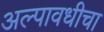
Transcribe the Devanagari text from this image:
अल्पावधीचा